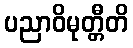
ပညာဝိမုတ္တီတိ